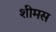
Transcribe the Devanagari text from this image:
शीमस